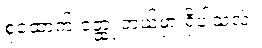
စုံထောက် ဝတ္ထု ဘယ်မှာ ရှိပါသလဲ။